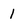
Character: 1